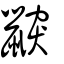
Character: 鼵